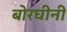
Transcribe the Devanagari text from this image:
बोरघीनी